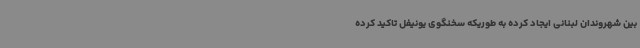
بین شهروندان لبنانی ایجاد کرده به طوریکه سخنگوی یونیفل تاکید کرده